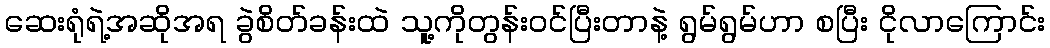
ဆေးရုံရဲ့အဆိုအရ ခွဲစိတ်ခန်းထဲ သူ့ကိုတွန်းဝင်ပြီးတာနဲ့ ရွမ်ရွမ်ဟာ စပြီး ငိုလာကြောင်း